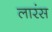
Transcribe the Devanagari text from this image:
लारंस